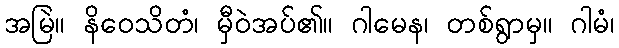
အမြဲ။ နိဝေသိတံ၊ မှီဝဲအပ်၏။ ဂါမေန၊ တစ်ရွာမှ။ ဂါမံ၊